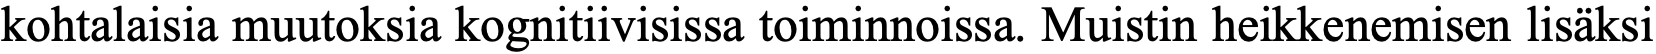
kohtalaisia muutoksia kognitiivisissa toiminnoissa. Muistin heikkenemisen lisäksi